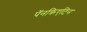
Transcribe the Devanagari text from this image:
पॅनक्रिएटिन